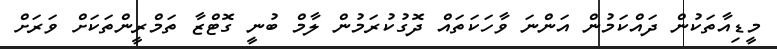
މީޑިއާތަކުން ދައްކަމުން އަންނަ ވާހަކަތައް ދޮގުކުރަމުން ލާމް ބުނީ ގޮޓްޒާ ތަމްރީންތަކަށް ވަރަށް